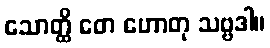
သောတ္ထိ တေ ဟောတု သဗ္ဗဒါ။